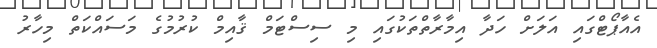
އެއާޕޯޓްގައި އަލަށް ހަދާ އިމާރާތްތަކުގައި މި ސިސްޓަމް ޤާއިމް ކުރުމުގެ މަސައްކަތް މިހާރު